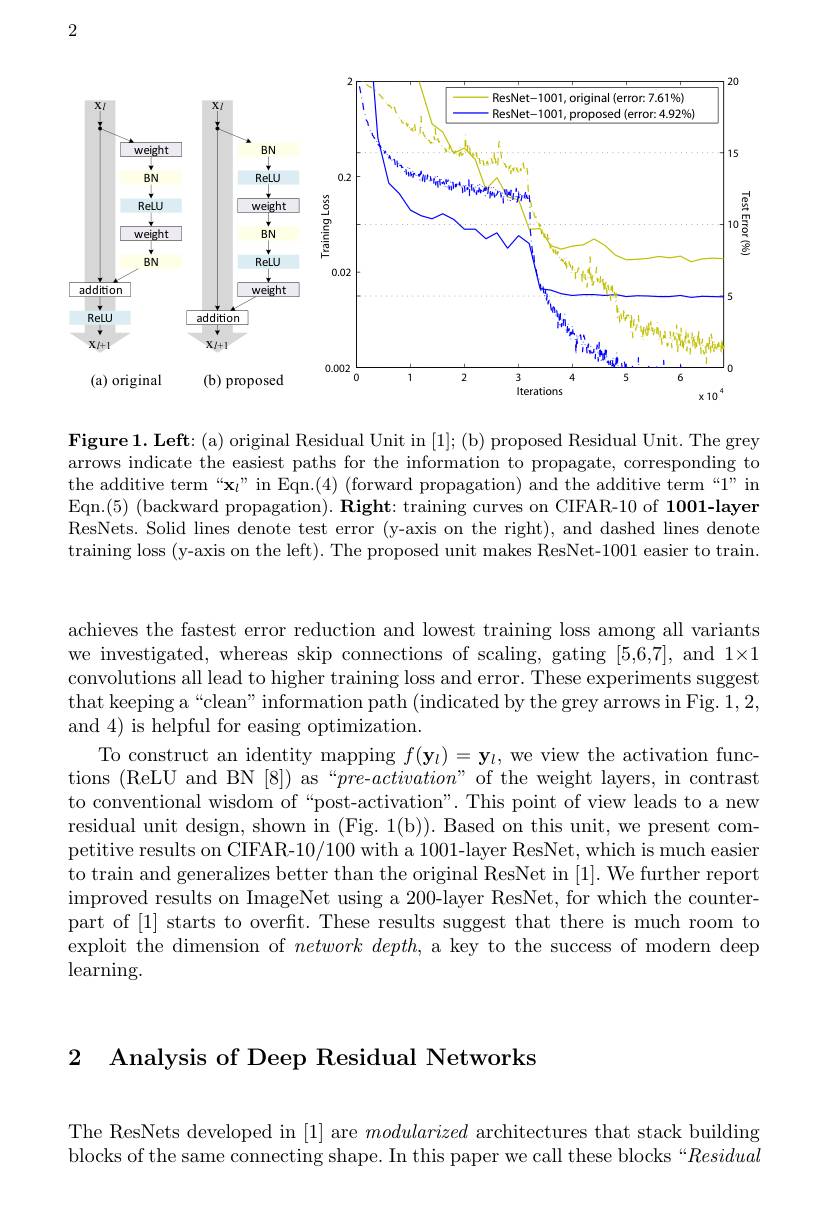
2

<FigureHere>

Figure 1. Left: (a) original arrows indicate the easiest the additive term“$\mathbf{x}_l”$in Eqn.(5) (backward propagatio ResNets. Solid lines denote training loss (y-axis on the

achieves the fastest error r we investigated, whereas skip connections of scaling, gating [5,6,7], and 1×1 convolutions all lead to higher training loss and error. These experiments suggest that keeping a“clean” inform and 4) is helpful for easing
To construct an identity map tions (ReLU and BN [8]) as“p to conventional wisdom of “p residual unit design, shown petitive results on CIFAR-10 to train and generalizes bet improved results on ImageNet part of [1] starts to overft exploit the dimension of $ne$ $\operatorname{learning}.$

2 Analysis of Deep Residua

The ResNets developed in [1] are modularized architectures that stack building blocks of the same connectin